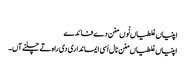
‏
اپنیاں غلطیاں نُوں منن دے فائدے
اپنیاں غلطیاں منن نال اَسی ایمانداری دی راہ تے چلنے آں۔